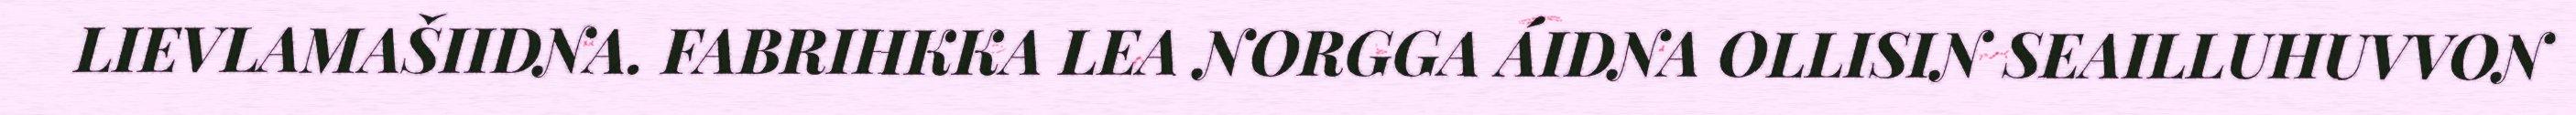
LIEVLAMAŠIIDNA. FABRIHKKA LEA NORGGA ÁIDNA OLLISIN SEAILLUHUVVON